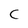
Character: C